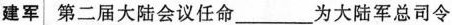
建军第二届大陆会议任命___为大陆军总司令